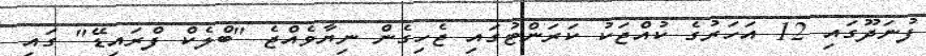
ފުނަދޫގައި 12 އަހަރުގެ ކުއްޖަކު ކަރަންޓުގައި ޖެހިގެން ނިޔާވެއްޖެ "ބްލެކް ފްރައިޑޭ" ގައި